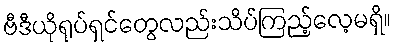
ဗီဒီယိုရုပ်ရှင်တွေလည်းသိပ်ကြည့်လေ့မရှိ။